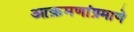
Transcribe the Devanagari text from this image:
आक्रमणांप्रमाणे